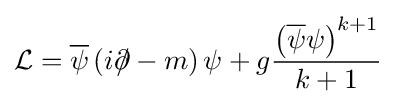
{\mathcal {L}}={\overline {\psi }}\left(i\partial \!\!\!/-m\right)\psi +g{\frac {\left({\overline {\psi }}\psi \right)^{k+1}}{k+1}}